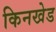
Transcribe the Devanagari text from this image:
किनखेड